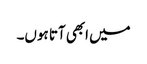
میں ابھی آتا ہوں۔